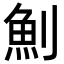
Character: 魝